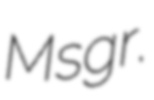
Msgr.